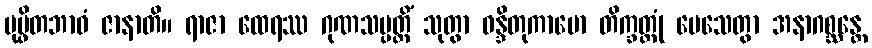
ပုပ္ဖိတဘာဝံ ဇာနာတိ။ ရာဇာ ထေရဿ ဂုဏသမ္ပတ္တိံ သုတွာ ဝန္ဒိတုကာမော တိက္ခတ္တုံ ပေသေတွာ အနာဂစ္ဆန္တေ